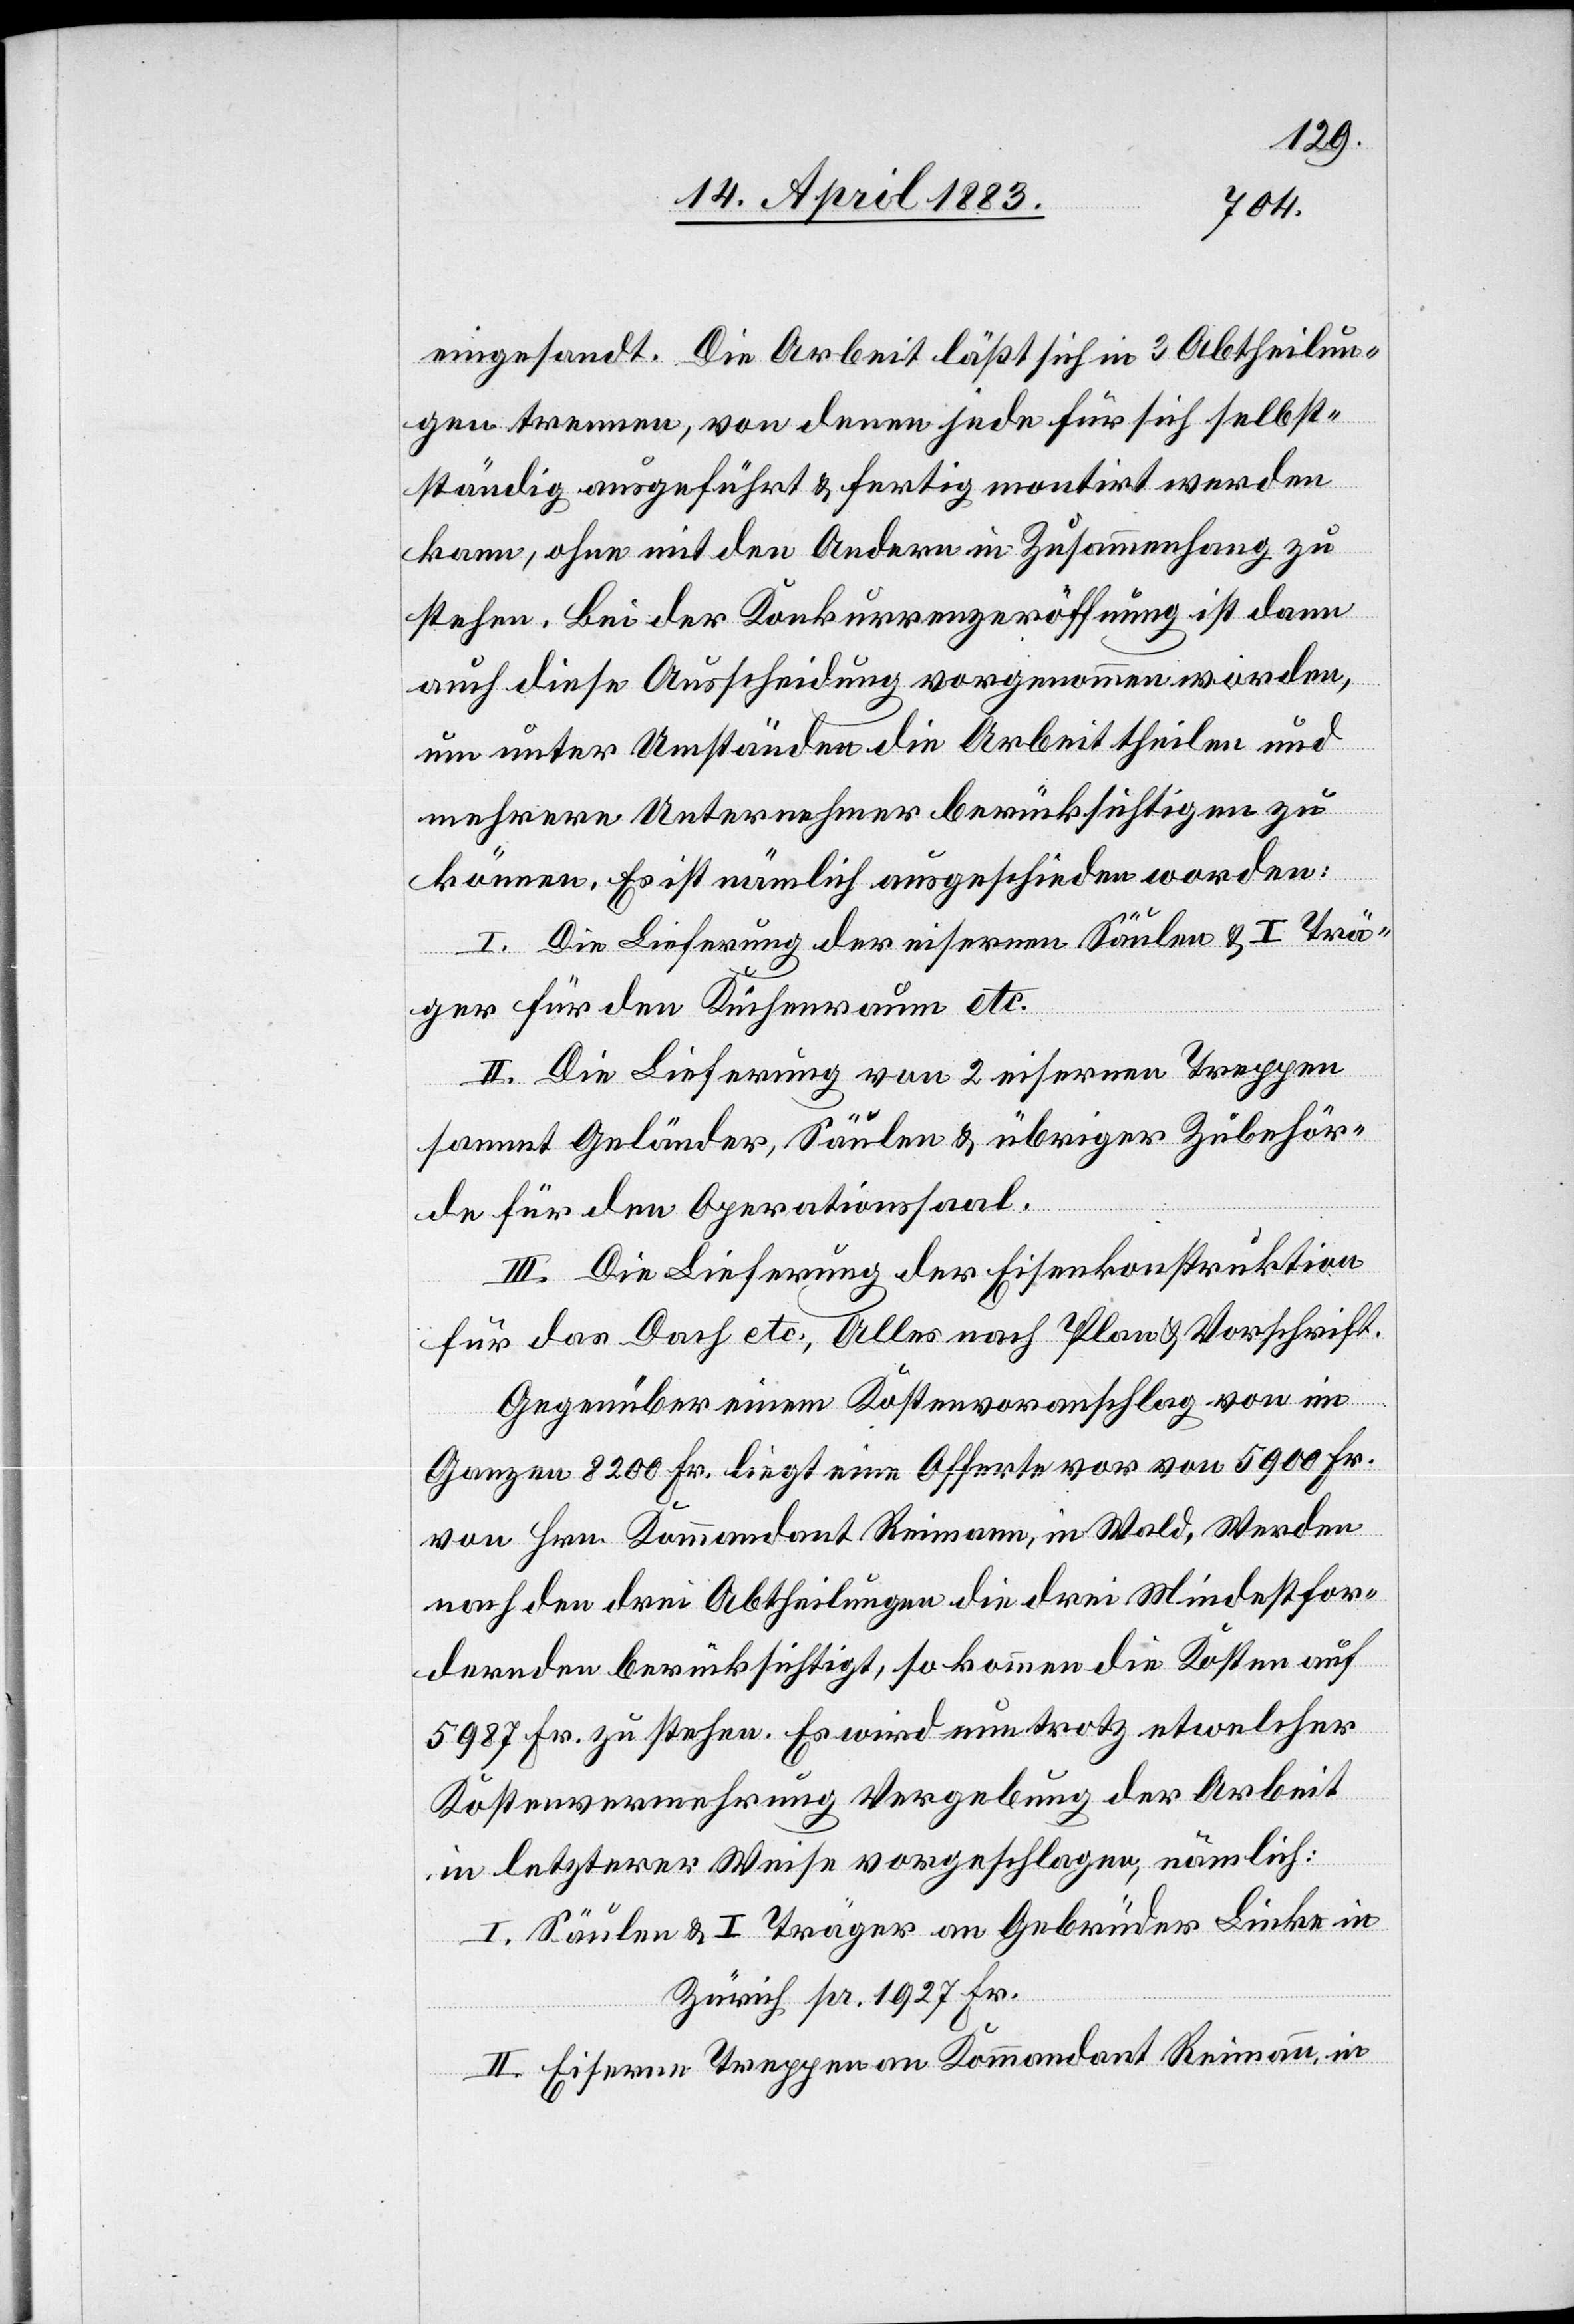
eingesandt. Die Arbeit läßt sich in 3 Abtheilun¬
gen trennen, von denen jede für sich selbst¬
ständig ausgeführt & fertig montirt werden
kann, ohne mit den Andern in Zusammenhang zu
stehen. Bei der Konkurrenzeröffnung ist dann
auch diese Ausscheidung vorgenommen worden,
um unter Umständen die Arbeit theilen und
mehrere Unternehmer berücksichtigen zu
können. Es ist nämlich ausgeschieden worden:
I. Die Lieferung der eisernen Säulen & I Trä¬
ger für den Küchenraum etc.
II. Die Lieferung von 2 eisernen Treppen
sammt Geländer, Säulen & übriger Zubehör¬
de für den Operationssaal.
III. Die Lieferung der Eisenkonstruktion
für das Dach etc. Alles nach Plan & Vorschrift.
Gegenüber einem Kostenvoranschlag von im
Ganzen 8200 Fr. liegt eine Offerte vor von 5900 Fr.
von Hrn. Kommandant Reimann, in Wald. Werden
nach den drei Abtheilungen die drei Mindestfor¬
dernden berücksichtigt, so kommen die Kosten auf
5987 Fr. zu stehen. Es wird nun trotz etwelcher
Kostenvermehrung Vergebung der Arbeit
in letzterer Weise vorgeschlagen, nämlich:
I. Säulen & I Träger an Gebrüder Linke in
Zürich pr. 1927 Fr.
II. Eiserne Treppen an Kommandant Reimann, in